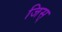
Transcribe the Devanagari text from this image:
जिस्